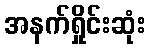
အနက်ရှိုင်းဆုံး